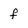
Character: f